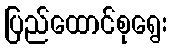
ပြည်ထောင်စုရွေး